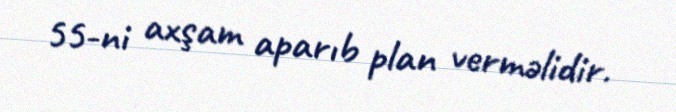
55-ni axşam aparıb plan verməlidir.